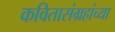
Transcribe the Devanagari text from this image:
कवितासंग्रहांच्या